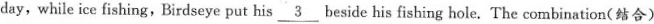
day,while ice fishing,Birdseye put his \underline{3} beside his fishing hole. The combination(结合)